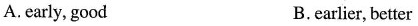
A. early, good B. earlier, better